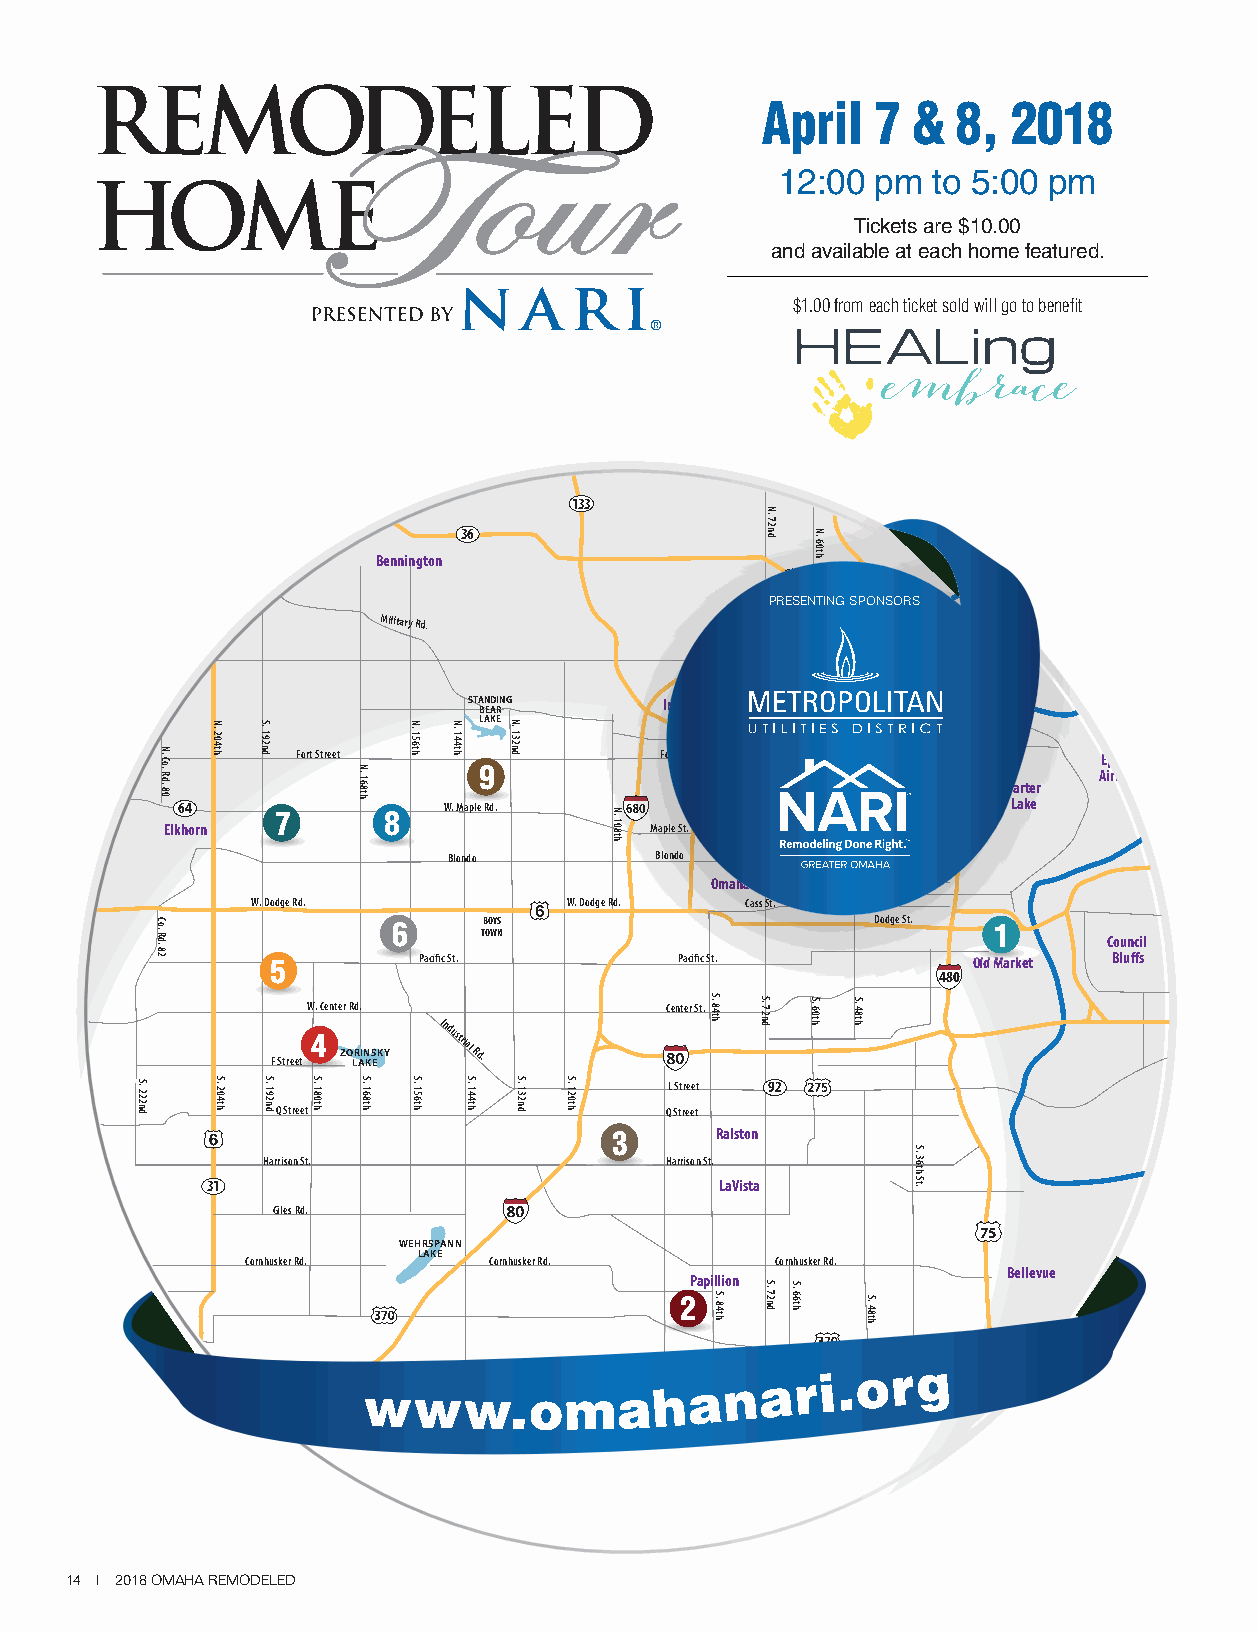
8
 30
 91           Blair
 April   7 &  8,  2018
 Kennard
 12:00  pm  to 5:00 pm
 Tickets are $10.00
 Fort Calhoun
 30                                 and available at each home featured.
 $1.00 from each ticket sold will go to benefit
 75
 31
 133
 36
 Bennington
 36
 PRESENTING SPONSORS
 Military Rd.
 29
 STANDING     Irvington
 BEAR
 LAKE Valley
 Fort Street             Fort Street                  Eppley
 9                                        Airfield Carter
 64               W. Maple Rd.                          Lake 7 8
 Waterloo Elkhorn                       Maple St.
 Blondo       Blondo
 Omaha
 W. Dodge Rd.         W. Dodge Rd. Cass St. Underwood Ave.
 6     TB OO WYS N               Dodge St. 1    Council
 5         PPaacciifific St. Pacific St.       OOllddd MMMarkkkett Bluffs
 480
 92 W. Center Rd.    W. Center Rd.           Center St.
 F SSttrreeeettt
 4
 ZO LLR AIN KS EKY
 Industrial
 Rd.
 92
 L Street 92
 W. Q St.
 Q Street                  Q Street
 3     Ralston
 Harrison St.               Harrison St.
 31                                LaVista
 Giles Rd.
 75
 WEHRSPANN
 LAKE
 Cornhusker Rd.  Cornhusker Rd.     Cornhusker Rd.
 Bellevue
 Papillion Lincoln Rd.
 2
 Gretna
 Ashland    31
 www.omahanari.or                     g
 Capehart Rd.
 14 | 2018 OMAHA REMODELED
 N.
 288th
 N. 270th
 S. 264th
 N.
 252nd
 S. 252nd S. 240th
 S.
 240th
 N.
 230th
 S. 222nd
 N. Co.
 Rd. 80
 Co. Rd.
 82
 N.
 204th
 S. 204th
 S.
 192nd
 S. 192nd S. 180th
 N. 168th
 S. 168th
 N.
 156th
 S. 156th
 N.
 144th
 S. 144th
 N.
 132nd
 S. 132nd S. 120th
 N.
 108th
 S. 84th
 S. 84th
 N.
 72nd
 N.
 72nd
 S. 72nd
 S.
 72nd
 S.
 66th
 N.
 60th
 N.
 60th
 S. 60th
 S. 60th
 S. 48th
 S. 48th
 S.
 36th
 St.